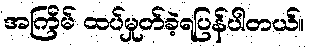
အကြိမ် ထပ်မှုတ်ခဲ့ရပြန်ပါတယ်။